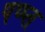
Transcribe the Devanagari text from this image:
पप्प्त